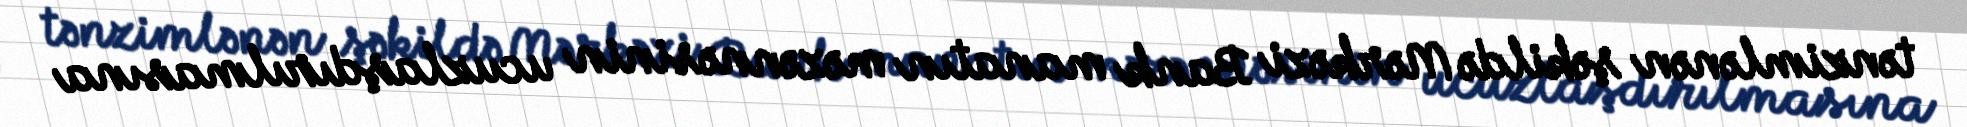
tənzimlənən şəkildə Mərkəzi Bank manatın məzənnəsinin ucuzlaşdırılmasına